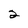
Character: 2